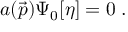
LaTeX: a ( \vec { p } ) \Psi _ { 0 } [ \eta ] = 0 \; .